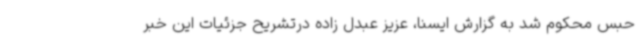
حبس محکوم شد به گزارش ایسنا، عزیز عبدل زاده درتشریح جزئیات این خبر